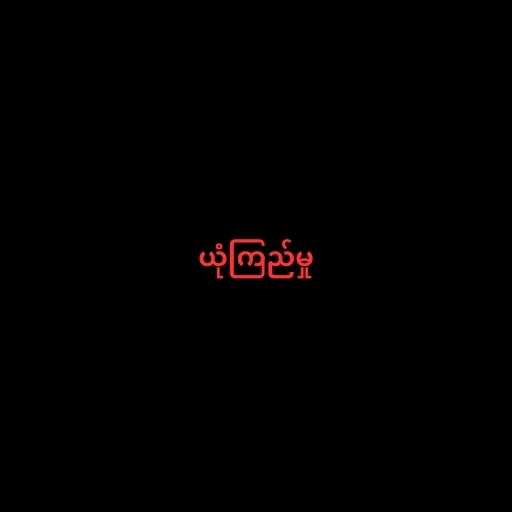
ယုံကြည်မှု